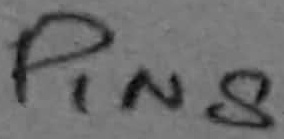
Text: PIN8